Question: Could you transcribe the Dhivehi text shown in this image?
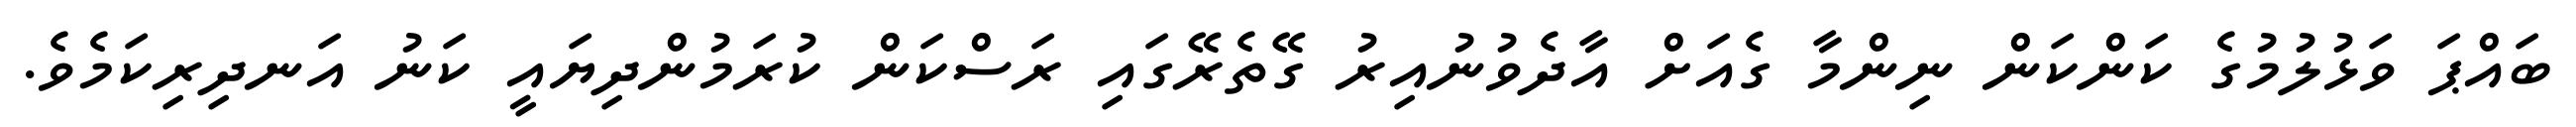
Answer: ބައްޕަ ވަޅުލުމުގެ ކަންކަން ނިންމާ ގެއަށް އާދެވުނުއިރު ގޭތެރޭގައި ރަސްކަން ކުރަމުންދިޔައީ ކަނު އަނދިރިކަމެވެ.